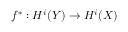
f ^ { * } : H ^ { i } ( Y ) \to H ^ { i } ( X )